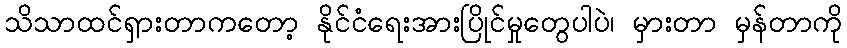
သိသာထင်ရှားတာကတော့ နိုင်ငံရေးအားပြိုင်မှုတွေပါပဲ၊ မှားတာ မှန်တာကို